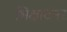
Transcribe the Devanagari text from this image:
भिक्षाटनर